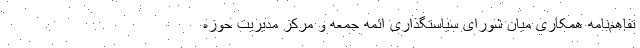
تفاهم‌نامه همکاری میان شورای سیاستگذاری ائمه جمعه و مرکز مدیریت حوزه